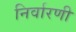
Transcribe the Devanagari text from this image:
निर्वारणी